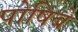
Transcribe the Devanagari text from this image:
पोषिबे